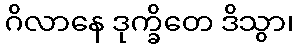
ဂိလာနေ ဒုက္ခိတေ ဒိသွာ၊